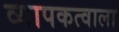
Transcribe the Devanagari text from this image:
व्यापकत्वाला